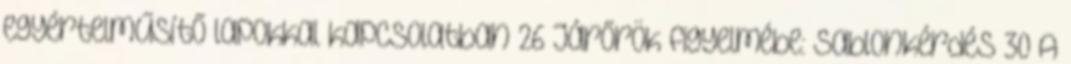
egyértelműsítő lapokkal kapcsolatban 26 Járőrök figyelmébe: sablonkérdés 30 A